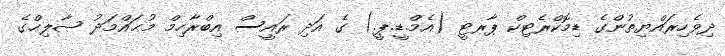
ދިވެހިރައްޔިތުންގެ ޑިމޮކްރެޓިކް ޕާރޓީ (އެމް.ޑީ.ޕީ.) ގެ އަދި ރައީސް އިބްރާހިމް މުޙައްމަދު ޞާލިޙްގެ